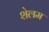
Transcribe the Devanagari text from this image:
शेलम